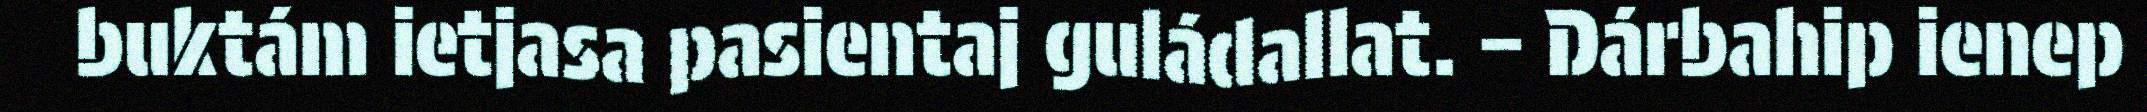
buktám ietjasa pasientaj guládallat. – Dárbahip ienep